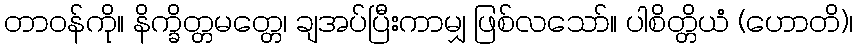
တာဝန်ကို။ နိက္ခိတ္တမတ္တေ၊ ချအပ်ပြီးကာမျှ ဖြစ်လသော်။ ပါစိတ္တိယံ (ဟောတိ)၊